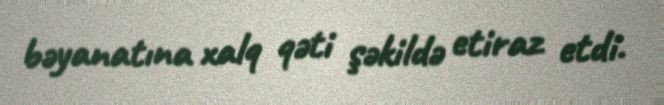
bəyanatına xalq qəti şəkildə etiraz etdi.